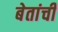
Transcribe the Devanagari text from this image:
बेतांची